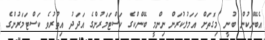
އެބޭންކުން ބުނީ މިގޮތަށް އަމަލުކުރަން ނިންމީ ބޭންކްގެ ކަސްޓަމަރުންގެ އަދަދު އިތުރުވެ ކަސްޓަމަރުންގެ